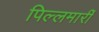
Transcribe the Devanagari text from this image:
पिल्‍लमार्री